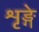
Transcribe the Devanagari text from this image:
शृङ्गे